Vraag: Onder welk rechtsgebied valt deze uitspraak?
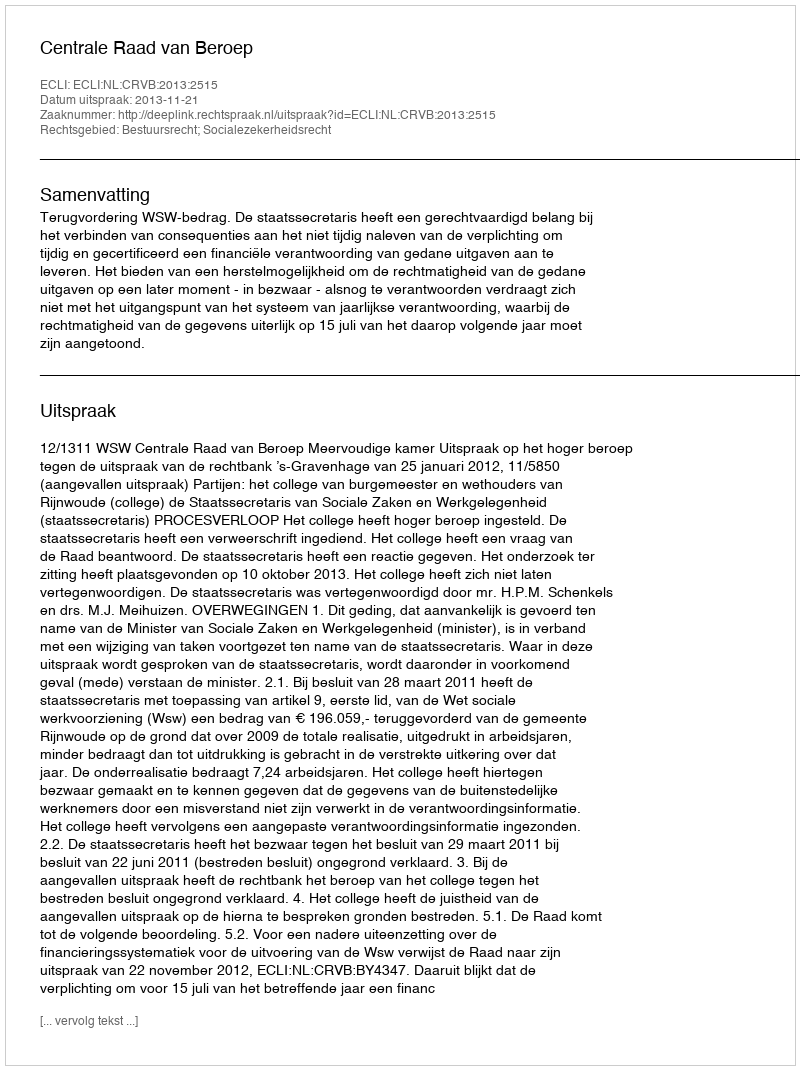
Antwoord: Bestuursrecht; Socialezekerheidsrecht